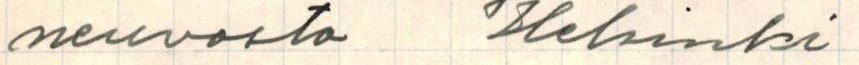
neuvosto  Helsinki